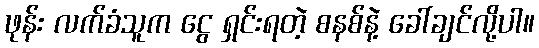
ဖုန်း လက်ခံသူက ငွေ ရှင်းရတဲ့ စနစ်နဲ့ ခေါ်ချင်လို့ပါ။